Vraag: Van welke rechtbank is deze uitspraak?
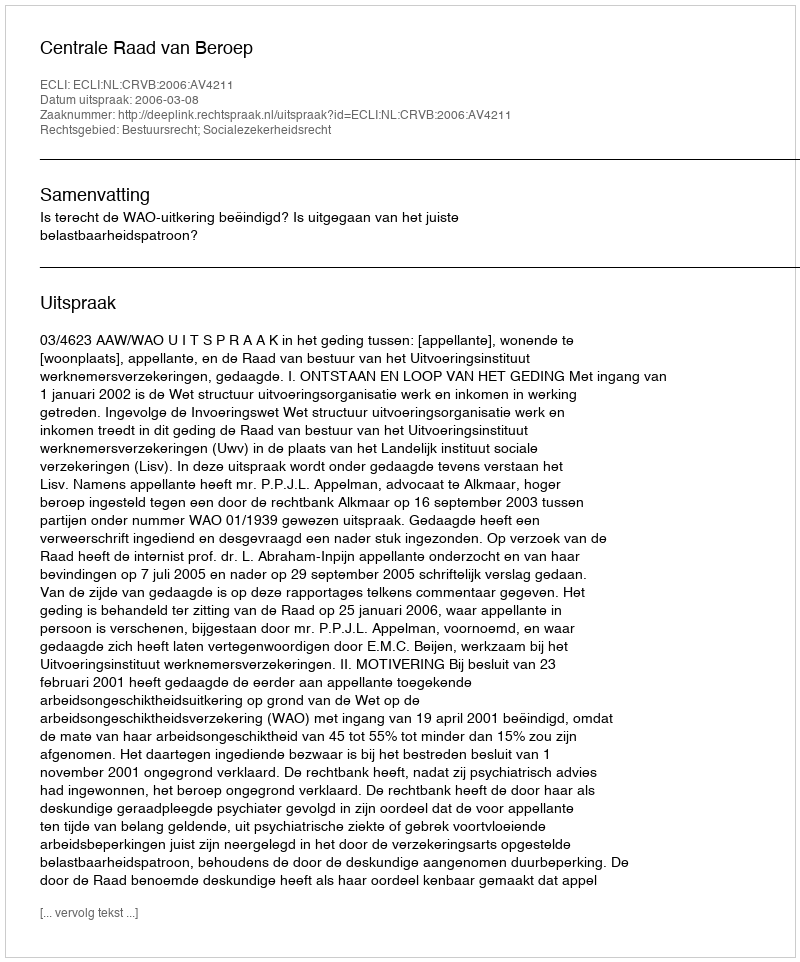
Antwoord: Centrale Raad van Beroep